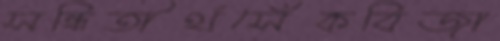
সন্ধিতীর্থসেঁকবিজা